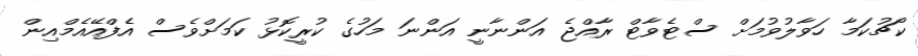
ކޯޗުކަމާ ހަވާލުވުމަށް ސްޓެވާޓް ރާއްޖެ އަންނާނީ އަންނަ މަހުގެ ކުރީކޮޅު ކަމަށްވެސް އެފްއޭއެމްއިން